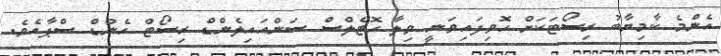
އެންމެ ކާމިޔާބު ރިސޯޓަކަށް ހޮވިފައިވަނީ ވިލާ ހޮޓެލްސް ސަންއައިލެންޑް ރިސޯޓް އެންޑް ސްޕާއެވެ.